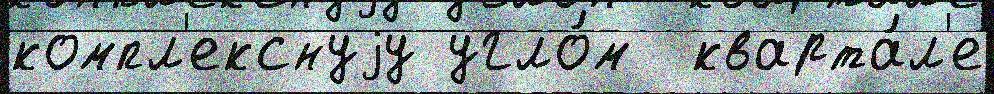
компл'екснуjу угло́м  кварта́л'е